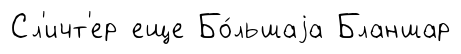
Сл'ичт'ер еще Бо́льшаjа Бланшар